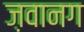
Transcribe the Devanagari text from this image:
ज़वानग